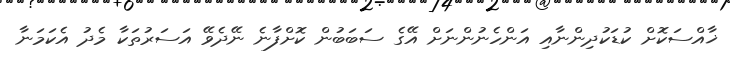
ޚާއްސަކޮށް ކުޑަކުދިންނާއި އަންހެނުންނަށް އޭގެ ސަބަބުން ކޮށްފާނެ ނޭދެވޭ އަސަރުތަކާ މެދު އެކަމަނާ